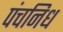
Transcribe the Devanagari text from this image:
पंचनिध